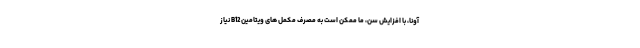
آونا، با افزایش سن، ما ممکن است به مصرف مکمل های ویتامین B12 نیاز